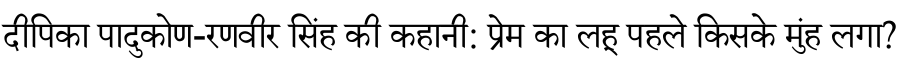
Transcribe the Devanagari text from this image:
दीपिका पादुकोण-रणवीर सिंह की कहानी: प्रेम का लहू पहले किसके मुंह लगा?